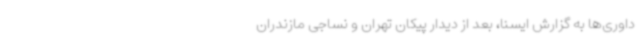
داوری‌ها به گزارش ایسنا، ‌بعد از دیدار پیکان تهران و نساجی مازندران